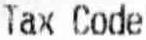
TAX CODE